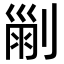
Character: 𠞤